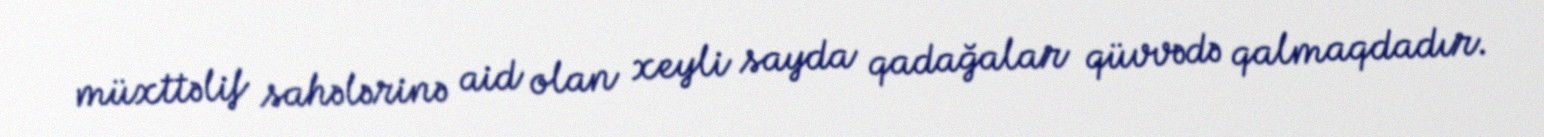
müxttəlif sahələrinə aid olan xeyli sayda qadağalar qüvvədə qalmaqdadır.